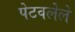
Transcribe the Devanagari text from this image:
पेटवलेले